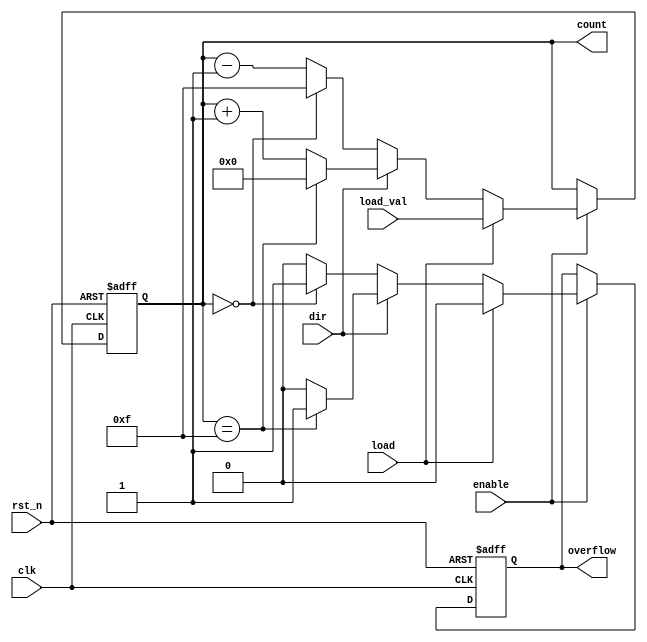
module SynchronousCounter (
    input wire clk,            // Clock input
    input wire rst_n,         // Active-low asynchronous reset
    input wire enable,        // Enable signal
    input wire load,          // Load signal
    input wire [3:0] load_val, // Value to load into the counter
    input wire dir,           // Direction control (1 for up, 0 for down)
    output reg [3:0] count,   // 4-bit counter output
    output reg overflow       // Overflow flag
);

    // Parameter for maximum count value
    parameter MAX_COUNT = 4'b1111; // 15 in decimal

    // Synchronous process
    always @(posedge clk or negedge rst_n) begin
        if (!rst_n) begin
            count <= 4'b0000; // Reset counter to 0
            overflow <= 1'b0; // Clear overflow flag
        end else if (enable) begin
            if (load) begin
                count <= load_val; // Load the specified value
                overflow <= 1'b0; // Clear overflow flag
            end else begin
                if (dir) begin
                    // Count up
                    if (count == MAX_COUNT) begin
                        count <= 4'b0000; // Reset to 0 on overflow
                        overflow <= 1'b1; // Set overflow flag
                    end else begin
                        count <= count + 1; // Increment count
                        overflow <= 1'b0; // Clear overflow flag
                    end
                end else begin
                    // Count down
                    if (count == 4'b0000) begin
                        count <= MAX_COUNT; // Wrap around to max count
                        overflow <= 1'b1; // Set overflow flag
                    end else begin
                        count <= count - 1; // Decrement count
                        overflow <= 1'b0; // Clear overflow flag
                    end
                end
            end
        end
    end

endmodule